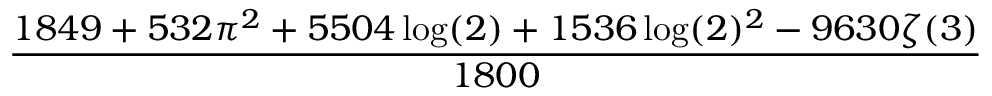
\frac { 1 8 4 9 + 5 3 2 \pi ^ { 2 } + 5 5 0 4 \log ( 2 ) + 1 5 3 6 \log ( 2 ) ^ { 2 } - 9 6 3 0 \zeta ( 3 ) } { 1 8 0 0 }